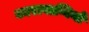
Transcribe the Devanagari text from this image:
कारावाग्गियो